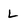
Character: L